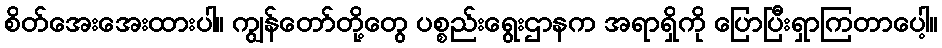
စိတ်အေးအေးထားပါ။ ကျွန်တော်တို့တွေ ပစ္စည်းရွေးဌာနက အရာရှိကို ပြောပြီးရှာကြတာပေါ့။